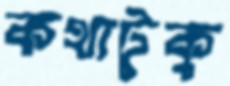
কথাটুকু